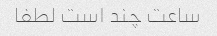
ساعت چند است لطفا